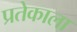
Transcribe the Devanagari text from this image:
प्रतेकाला